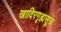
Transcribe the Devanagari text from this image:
खादिरगृह्यसूत्र